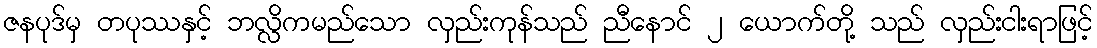
ဇနပုဒ်မှ တပုဿနှင့် ဘလ္လိကမည်သော လှည်းကုန်သည် ညီနောင် ၂ ယောက်တို့ သည် လှည်းငါးရာဖြင့်